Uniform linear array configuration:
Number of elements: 24
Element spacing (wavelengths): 0.5
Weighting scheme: uniform
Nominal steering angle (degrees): -45
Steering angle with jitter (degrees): -45.99
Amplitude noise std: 0.05
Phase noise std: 0.05

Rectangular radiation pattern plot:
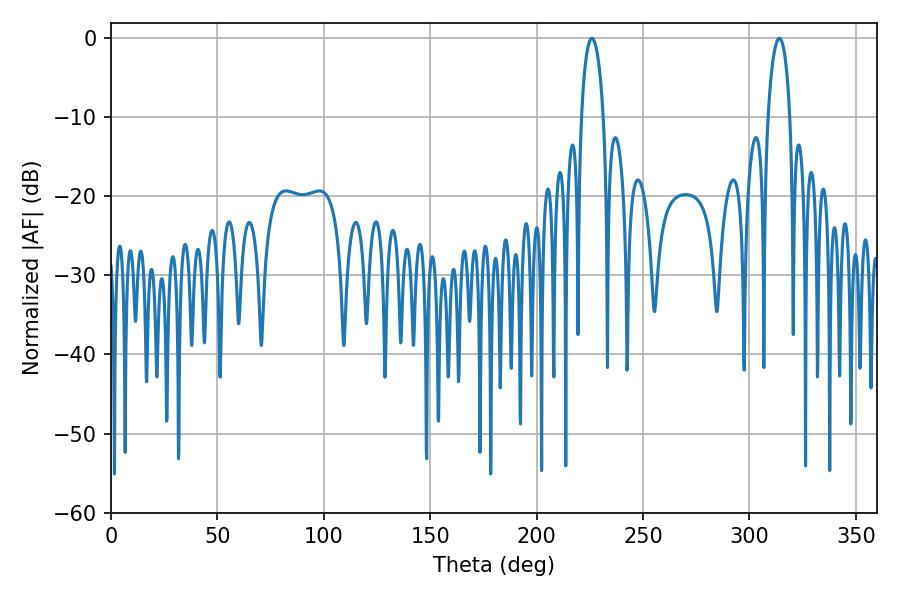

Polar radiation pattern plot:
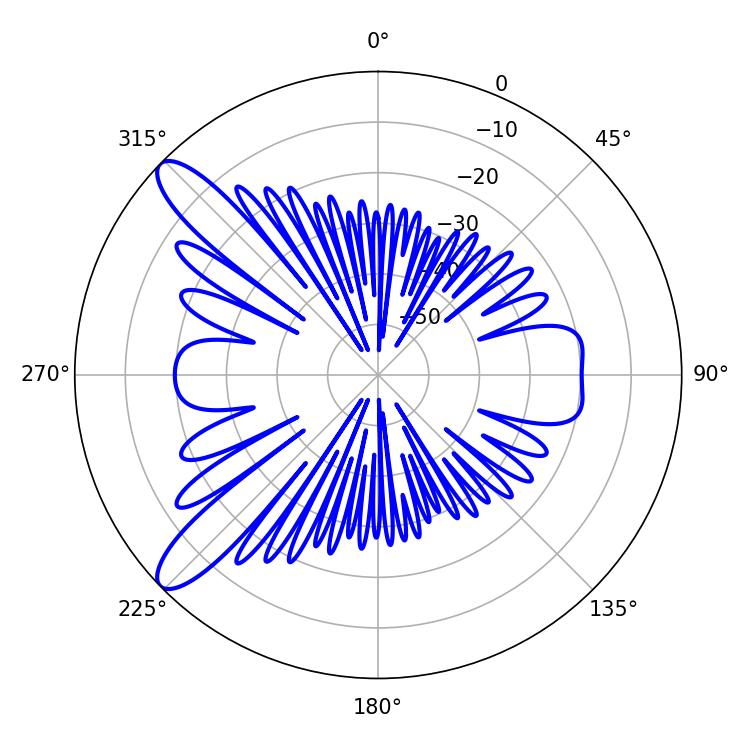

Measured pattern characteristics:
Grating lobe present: FALSE
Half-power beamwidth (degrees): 5.94
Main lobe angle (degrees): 225.9